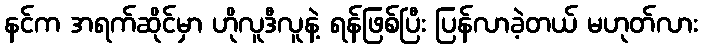
နင်က အရက်ဆိုင်မှာ ဟိုလူဒီလူနဲ့ ရန်ဖြစ်ပြီး ပြန်လာခဲ့တယ် မဟုတ်လား